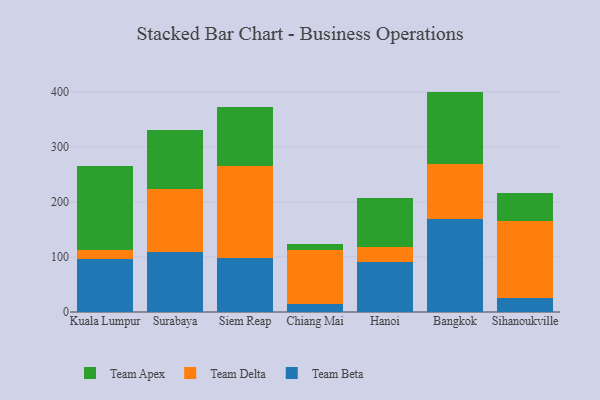
{"axis": {"x": "City", "y": "Inventory Turnover"}, "legend": ["Team Apex", "Team Beta", "Team Delta"], "data": [{"x": "Kuala Lumpur", "y": 96.0, "type": "Team Beta"}, {"x": "Kuala Lumpur", "y": 16.2, "type": "Team Delta"}, {"x": "Kuala Lumpur", "y": 152.8, "type": "Team Apex"}, {"x": "Surabaya", "y": 109.8, "type": "Team Beta"}, {"x": "Surabaya", "y": 113.5, "type": "Team Delta"}, {"x": "Surabaya", "y": 108.2, "type": "Team Apex"}, {"x": "Siem Reap", "y": 99.0, "type": "Team Beta"}, {"x": "Siem Reap", "y": 167.2, "type": "Team Delta"}, {"x": "Siem Reap", "y": 107.3, "type": "Team Apex"}, {"x": "Chiang Mai", "y": 14.5, "type": "Team Beta"}, {"x": "Chiang Mai", "y": 98.9, "type": "Team Delta"}, {"x": "Chiang Mai", "y": 10.5, "type": "Team Apex"}, {"x": "Hanoi", "y": 91.2, "type": "Team Beta"}, {"x": "Hanoi", "y": 26.8, "type": "Team Delta"}, {"x": "Hanoi", "y": 89.7, "type": "Team Apex"}, {"x": "Bangkok", "y": 169.7, "type": "Team Beta"}, {"x": "Bangkok", "y": 99.6, "type": "Team Delta"}, {"x": "Bangkok", "y": 131.3, "type": "Team Apex"}, {"x": "Sihanoukville", "y": 25.3, "type": "Team Beta"}, {"x": "Sihanoukville", "y": 140.4, "type": "Team Delta"}, {"x": "Sihanoukville", "y": 50.5, "type": "Team Apex"}]}